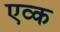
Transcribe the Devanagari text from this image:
एव्क